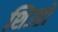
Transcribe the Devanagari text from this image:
शिउडो